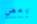
بعض